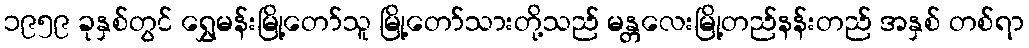
၁၉၅၉ ခုနှစ်တွင် ရွှေမန်းမြို့တော်သူ မြို့တော်သားတို့သည် မန္တလေးမြို့တည်နန်းတည် အနှစ် တစ်ရာ